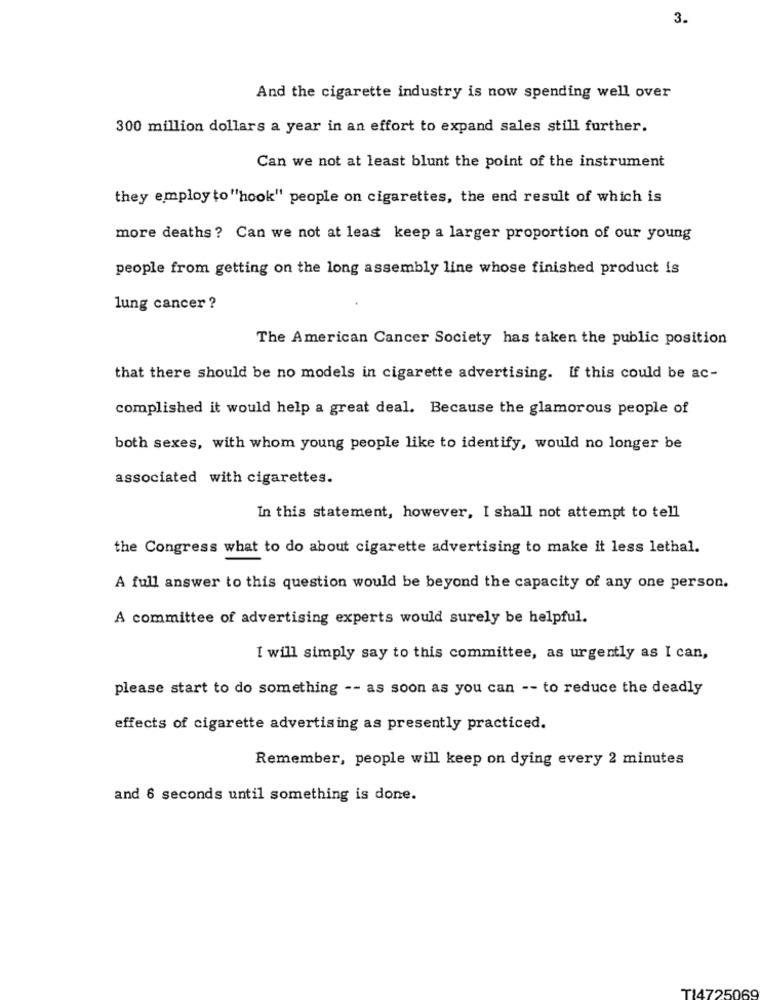
3.
And the cigarette industry is now spending well over
300 million dollars a year in an effort to expand sales still further.
Can we not at least blunt the point of the instrument
they employ to "hook" people on cigarettes, the end result of which is
more deaths ? Can we not at least keep a larger proportion of our young
people from getting on the long assembly line whose finished product is
lung cancer ?
The American Cancer Society has taken the public position
that there should be no models in cigarette advertising. If this could be ac-
complished it would help a great deal. Because the glamorous people of
both sexes, with whom young people like to identify, would no longer be
associated with cigarettes.
In this statement, however, I shall not attempt to tell
the Congress what to do about cigarette advertising to make it less lethal.
A full answer to this question would be beyond the capacity of any one person.
A committee of advertising experts would surely be helpful.
I will simply say to this committee, as urgently as I can,
please start to do something -- as soon as you can -- to reduce the deadly
effects of cigarette advertising as presently practiced.
Remember, people will keep on dying every 2 minutes
and 6 seconds until something is done.
TI4725069